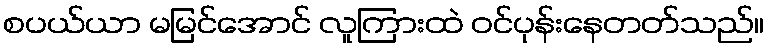
စပယ်ယာ မမြင်အောင် လူကြားထဲ ဝင်ပုန်းနေတတ်သည်။